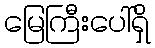
မြေကြီးပေါ်ရှိ